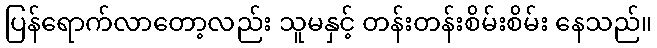
ပြန်ရောက်လာတော့လည်း သူမနှင့် တန်းတန်းစိမ်းစိမ်း နေသည်။